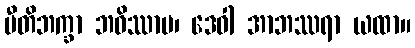
ပီတိဘက္ခာ ဘဝိဿာမ၊ ဒေဝါ အာဘဿရာ ယထာ။